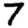
Digit: 7